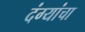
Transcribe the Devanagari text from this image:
दंग्यांचा